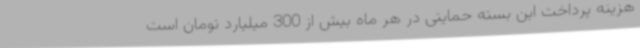
هزینه پرداخت این بسته حمایتی در هر ماه بیش از 300 میلیارد تومان است